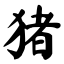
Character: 猪